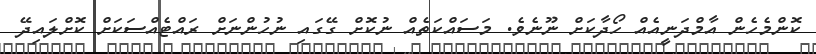
ކޮންމެހެން އާމްދަނީއެއް ހޯދާކަށް ނޫނެވެ. މަސައްކަތެއް ނުކޮށް ގޭގައި ނުހުންނަށް ރައްޓެއްސަކަށް ކޮށްލައިދޭ